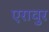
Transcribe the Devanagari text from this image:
एरावुर